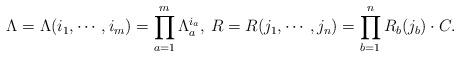
LaTeX: \begin{align*} \Lambda = \Lambda (i_1, \cdots , i_m) = \prod_{a=1}^{m} \Lambda _a ^{i_a}, \medspace R = R(j_1, \cdots , j_n) = \prod_{b=1}^{n} R_b (j_b) \cdot C.\end{align*}